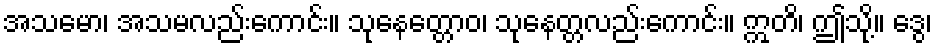
အသမော၊ အသမလည်းကောင်း။ သုနေတ္တောဝ၊ သုနေတ္တလည်းကောင်း။ ဣတိ၊ ဤသို့။ ဒွေ၊